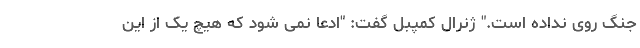
جنگ روی نداده است." ژنرال کمپبل گفت: "ادعا نمی شود که هیچ یک از این